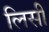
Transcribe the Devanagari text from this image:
लिसी